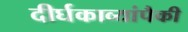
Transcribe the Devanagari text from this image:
दीर्घकाव्यांपैकी